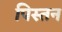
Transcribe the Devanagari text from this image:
पिस्तन